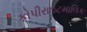
કોપીરાઇટમાલિક